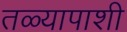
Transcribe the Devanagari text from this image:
तळ्यापाशी